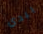
يبدي